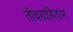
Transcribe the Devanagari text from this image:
तीवग्राहिताभ